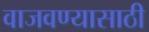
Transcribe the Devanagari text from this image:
वाजवण्यासाठी